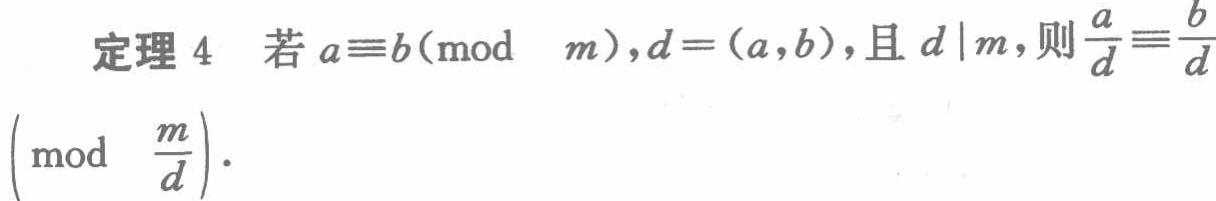
定理 4 若 \(a\equiv b(\bmod\ m),d=(a,b)\)，且 \(d\mid m\)，则 \(\frac{a}{d}\equiv\frac{b}{d}\left(\bmod\ \frac{m}{d}\right)\)